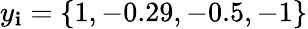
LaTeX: y_{\mathbf{i}}=\{ 1,-0.29,-0.5,-1\}